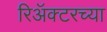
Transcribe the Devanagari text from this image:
रिॲक्टरच्या